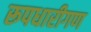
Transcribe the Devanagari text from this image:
रूपधारीगण